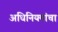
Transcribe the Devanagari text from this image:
अधिनियमांचा